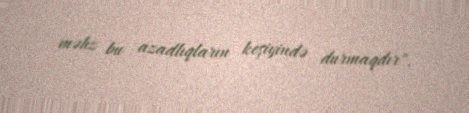
məhz bu azadlıqların keşiyində durmaqdır".